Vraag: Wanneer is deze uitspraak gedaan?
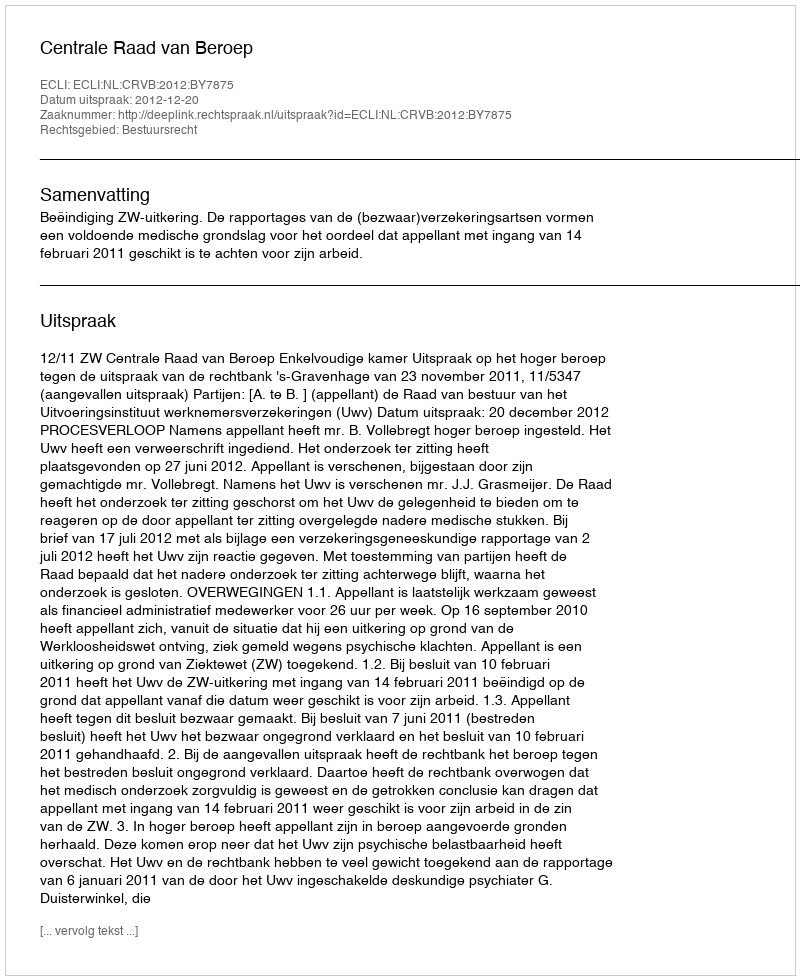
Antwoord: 2012-12-20